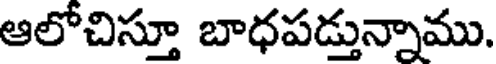
ఆలోచిస్తూ బాధపడ్తున్నాము.